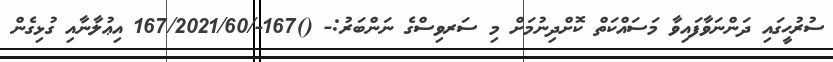
ސުރުޙީގައި ދަންނަވާފައިވާ މަސައްކަތް ކޮށްދިނުމަށް މި ސަރވިސްގެ ނަންބަރު:- ()167-/167/2021/60 އިޢުލާނާއި ގުޅިގެން